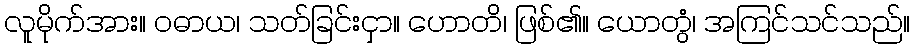
လူမိုက်အား။ ဝဓာယ၊ သတ်ခြင်းငှာ။ ဟောတိ၊ ဖြစ်၏။ ယောတွံ၊ အကြင်သင်သည်။